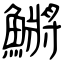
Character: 鱂